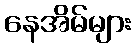
နေအိမ်များ